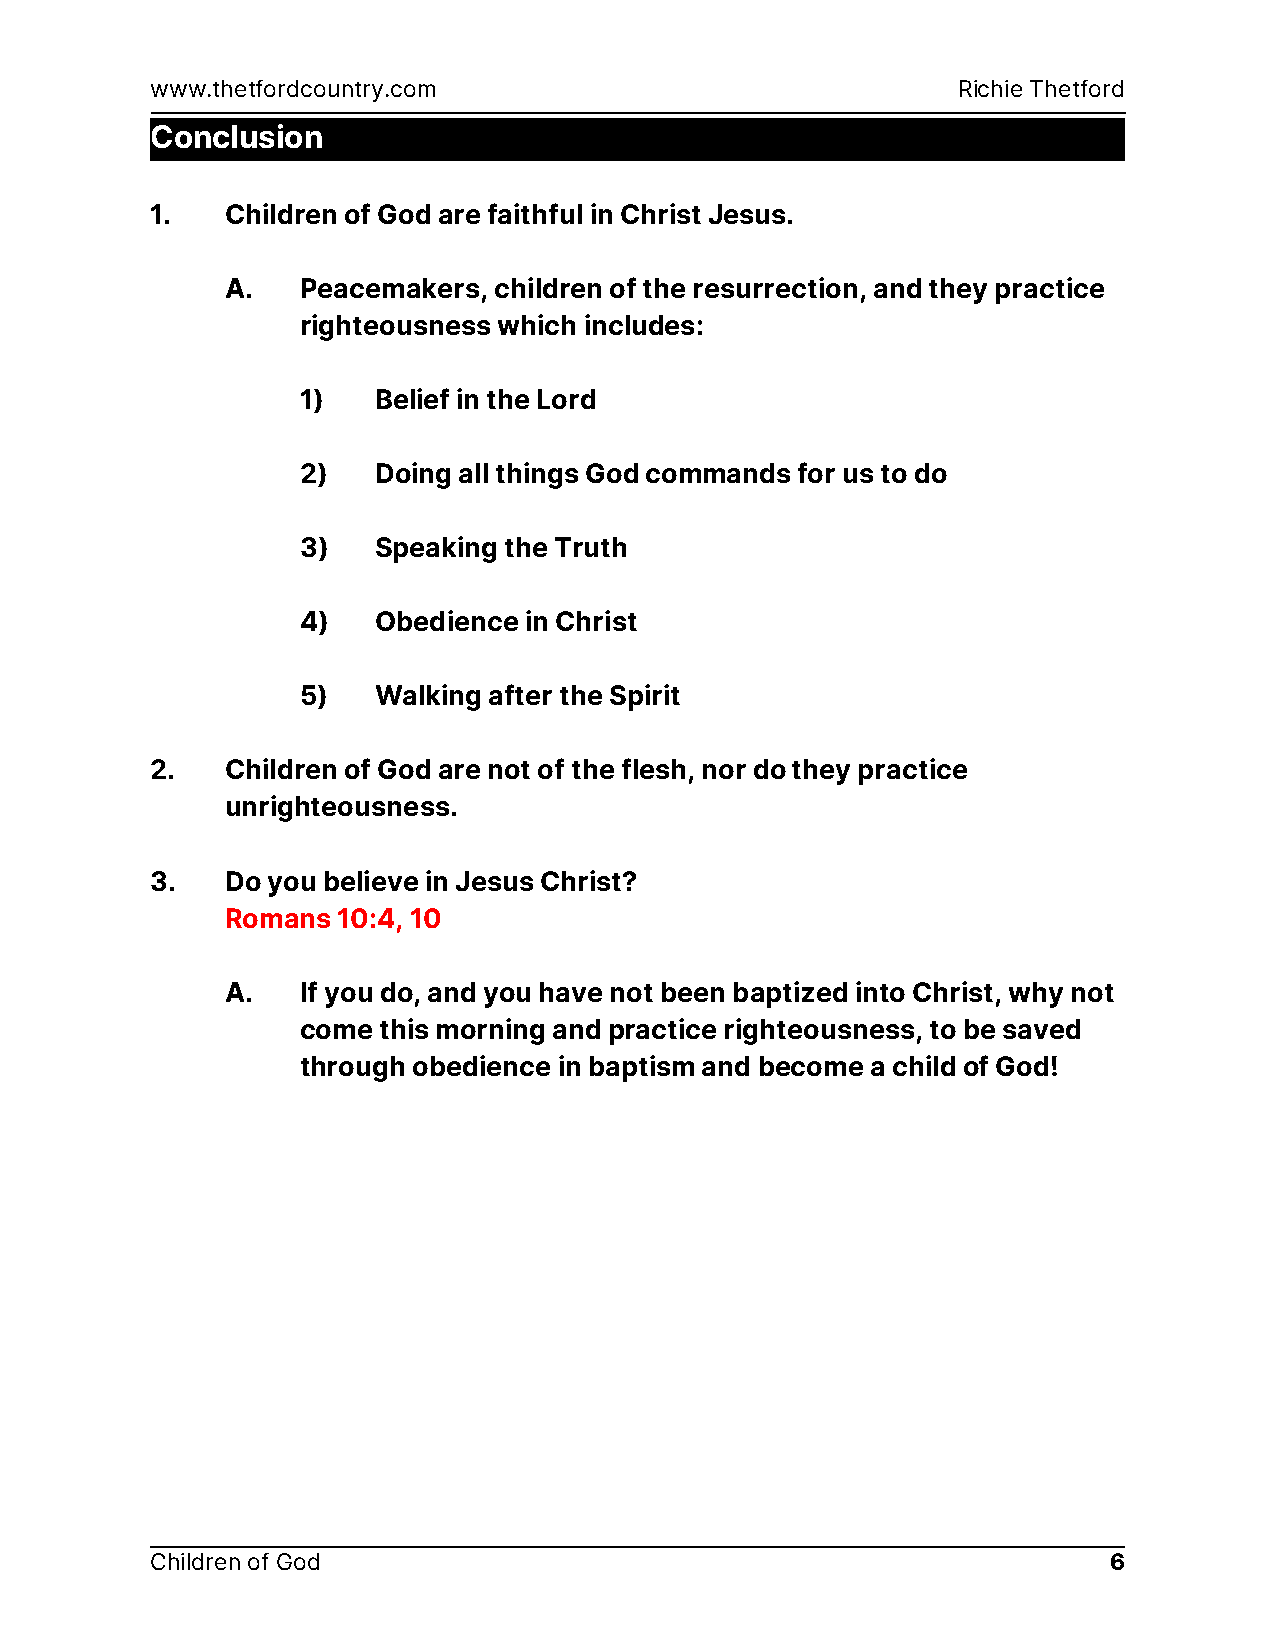
www.thetfordcountry.com                              Richie Thetford
 Conclusion
 1.   Children of God are faithful in Christ Jesus.
 A.   Peacemakers, children of the resurrection, and they practice
 righteousness which includes:
 1)   Belief in the Lord
 2)   Doing all things God commands for us to do
 3)   Speaking the Truth
 4)   Obedience in Christ
 5)   Walking after the Spirit
 2.   Children of God are not of the flesh, nor do they practice
 unrighteousness.
 3.   Do you believe in Jesus Christ?
 Romans 10:4, 10
 A.   If you do, and you have not been baptized into Christ, why not
 come this morning and practice righteousness, to be saved
 through obedience in baptism and become a child of God!
 Children of God                                                6